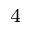
^ { 4 }